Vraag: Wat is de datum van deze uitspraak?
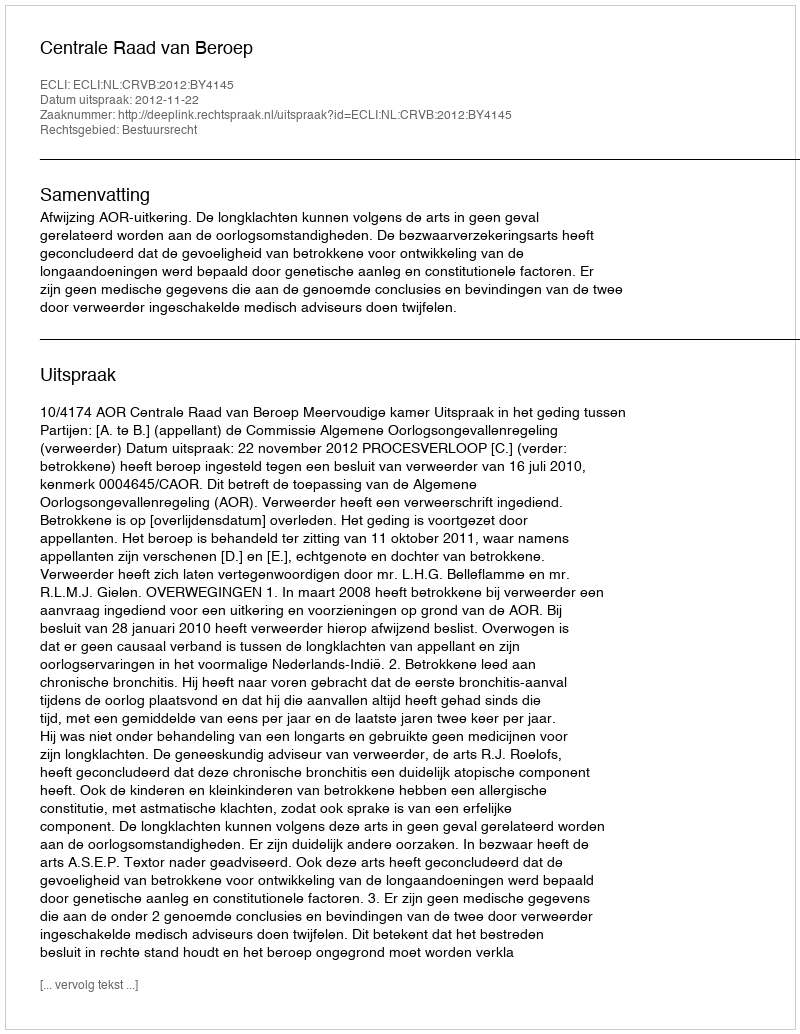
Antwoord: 2012-11-22